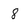
Character: 8